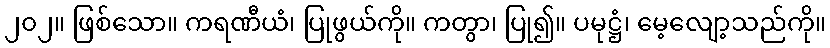
၂၀၂။ ဖြစ်သော။ ကရဏီယံ၊ ပြုဖွယ်ကို။ ကတွာ၊ ပြု၍။ ပမုဋ္ဌံ၊ မေ့လျော့သည်ကို။